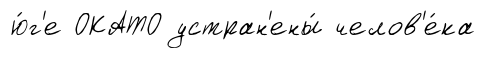
ю́г'е ОКАТО устран'ены́ челов'е́ка